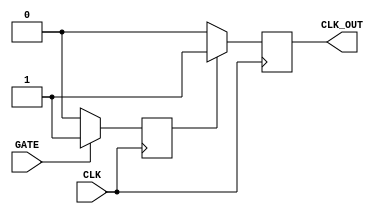
module clock_gating_buffer (
    input wire CLK,          // Primary clock input
    input wire GATE,         // Clock gating enable signal
    output reg CLK_OUT       // Gated clock output
);

// Internal signal to synchronize the gating with the clock
reg gated_clk;

always @(posedge CLK) begin
    if (GATE) begin
        gated_clk <= 1'b1;  // Pass through the clock when GATE is high
    end else begin
        gated_clk <= 1'b0;  // Hold low when GATE is low
    end
end

// Generate output clock based on the gated clock signal
always @(posedge CLK) begin
    if (gated_clk) begin
        CLK_OUT <= 1'b1;    // Output high when gated clock is high
    end else begin
        CLK_OUT <= 1'b0;    // Output low when gated clock is low
    end
end

endmodule